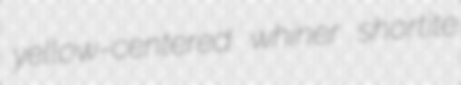
yellow-centered whiner shortite